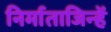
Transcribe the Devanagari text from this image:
निर्माताजिन्हें